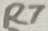
Text: R7